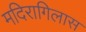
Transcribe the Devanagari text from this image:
मदिरागिलास